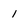
Character: 1